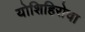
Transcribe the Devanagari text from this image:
योशिहिरोचा